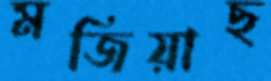
মজিয়াছ